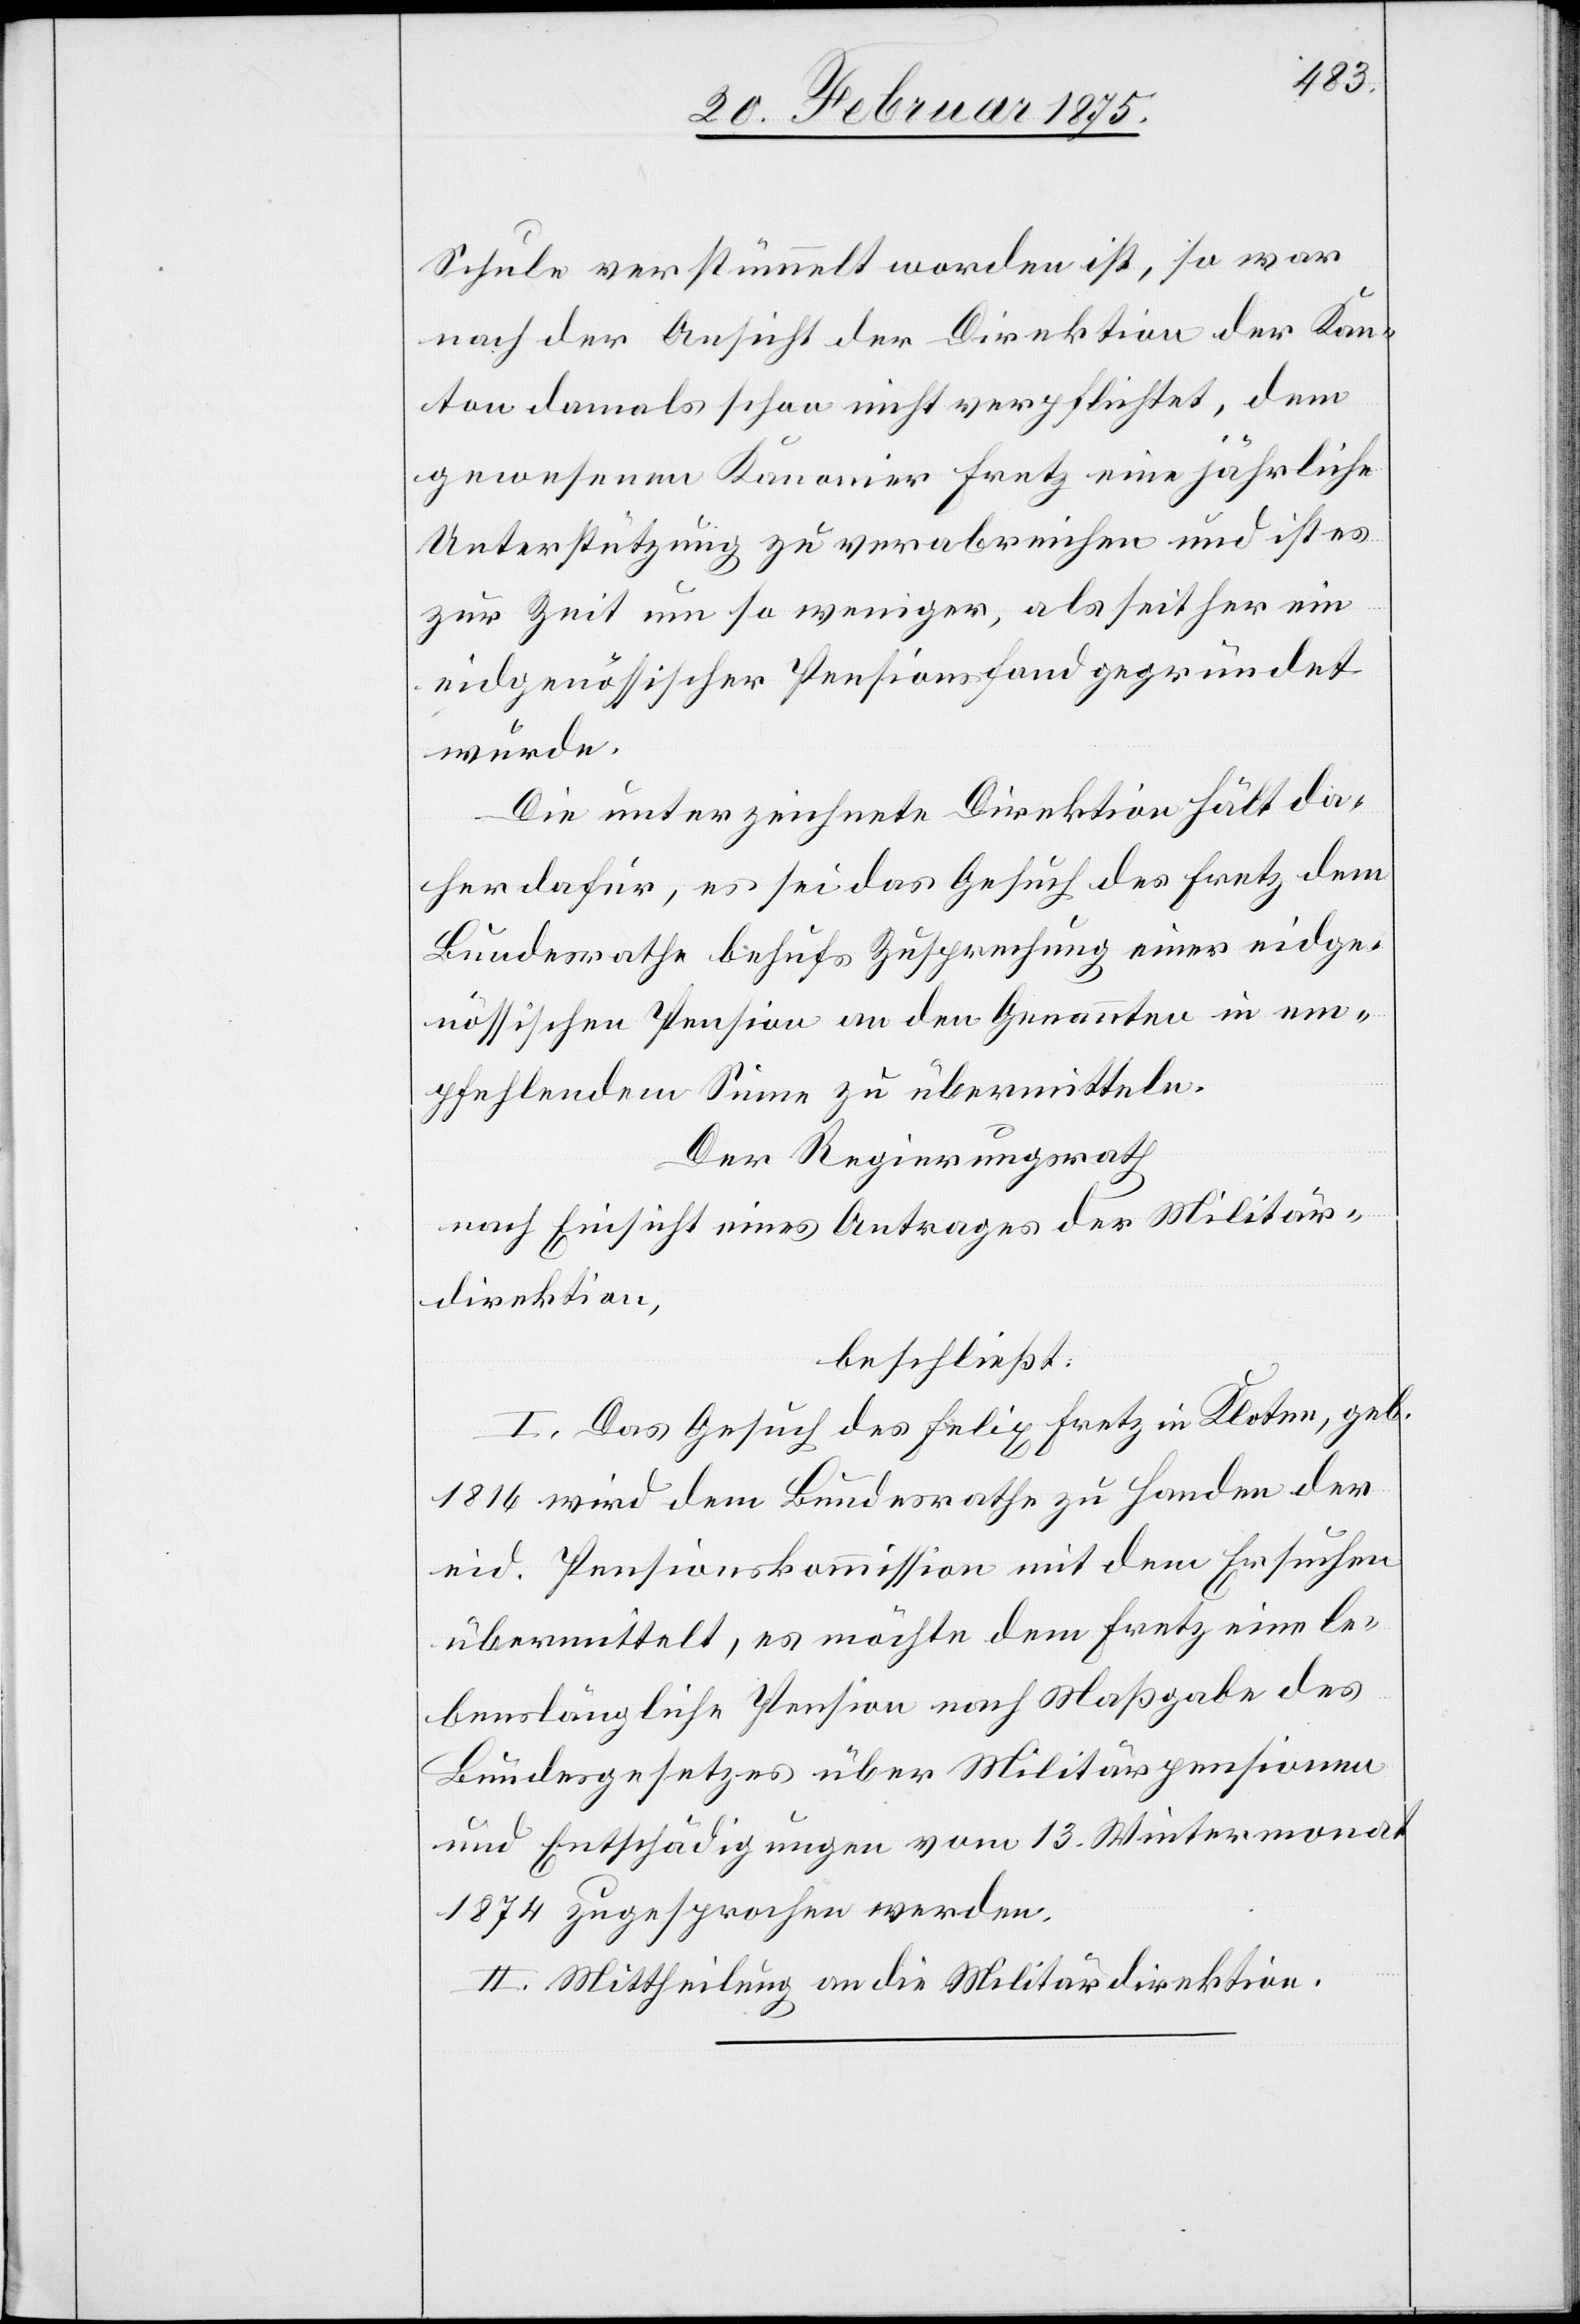
Schule verstümmelt worden ist, so war
nach der Ansicht der Direktion der Kan¬
ton damals schon nicht verpflichtet, dem
gewesenen Kanonier Fretz eine jährliche
Unterstützung zu verabreichen und ist es
zur Zeit um so weniger, als seither ein
eidgenössischer Pensionsfond gegründet
wurde.
Die unterzeichnete Direktion hält da¬
her dafür, es sei das Gesuch des Fretz dem
Bundesrathe behufs Zusprechung einer eidge¬
nössischen Pension an den Genannten in em¬
pfehlendem Sinne zu übermitteln.
Der Regierungsrath
nach Einsicht eines Antrages der Militär¬
direktion,
beschließt:
I. Das Gesuch des Felix Fretz in Kloten, geb.
1816 wird dem Bundesrathe zu Handen der
eid. Pensionskommission mit dem Ersuchen
übermittelt, es möchte dem Fretz eine le¬
benslängliche Pension nach Maßgabe des
Bundesgesetzes über Militärpensionen
und Entschädigungen vom 13. Wintermonat
1874 zugesprochen werden.
II. Mittheilung an die Militärdirektion.